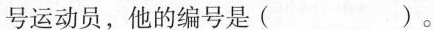
号运动员，他的编号是( )。